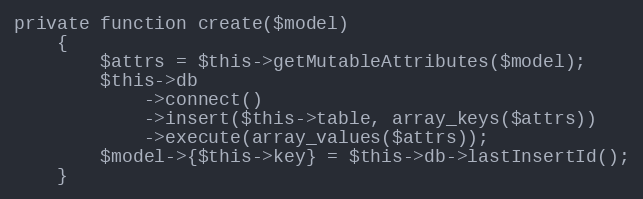
Language: PHP
private function create($model)
    {
        $attrs = $this->getMutableAttributes($model);
        $this->db
            ->connect()
            ->insert($this->table, array_keys($attrs))
            ->execute(array_values($attrs));
        $model->{$this->key} = $this->db->lastInsertId();
    }